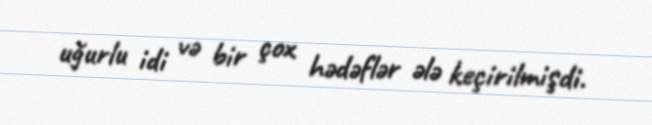
uğurlu idi və bir çox hədəflər ələ keçirilmişdi.